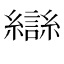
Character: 龻